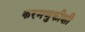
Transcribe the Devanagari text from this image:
करमणुकीशी